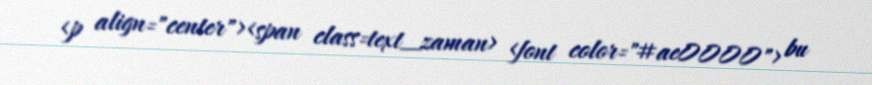
<p align="center"><span class=text_zaman> <font color="#ae0000"> bu